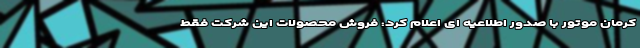
کرمان موتور با صدور اطلاعیه ای اعلام کرد: فروش محصولات این شرکت فقط